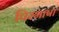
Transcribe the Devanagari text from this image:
पिरभाषा